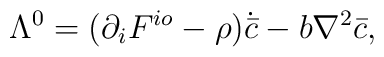
\Lambda^{0}=(\partial_i F^{io}-\rho)\dot{{\bar c}}-b\nabla^2 {\bar c},